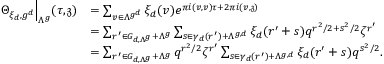
\begin{array} { r l } { \Theta _ { \xi _ { d } , g ^ { d } } \Big | _ { \Lambda ^ { g } } ( \tau , \mathfrak { z } ) } & { = \sum _ { v \in \Lambda ^ { g ^ { d } } } \xi _ { d } ( v ) e ^ { \pi i ( v , v ) \tau + 2 \pi i ( v , \mathfrak { z } ) } } \\ & { = \sum _ { r ^ { \prime } \in G _ { d , \Lambda ^ { g } } + \Lambda ^ { g } } \sum _ { s \in \gamma _ { d } ( r ^ { \prime } ) + \Lambda ^ { g , d } } \xi _ { d } ( r ^ { \prime } + s ) q ^ { r ^ { 2 } / 2 + s ^ { 2 } / 2 } \zeta ^ { r ^ { \prime } } } \\ & { = \sum _ { r ^ { \prime } \in G _ { d , \Lambda ^ { g } } + \Lambda ^ { g } } q ^ { r ^ { 2 } / 2 } \zeta ^ { r ^ { \prime } } \sum _ { s \in \gamma _ { d } ( r ^ { \prime } ) + \Lambda ^ { g , d } } \xi _ { d } ( r ^ { \prime } + s ) q ^ { s ^ { 2 } / 2 } . } \end{array}